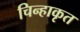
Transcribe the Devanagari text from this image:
चिन्हाकृत